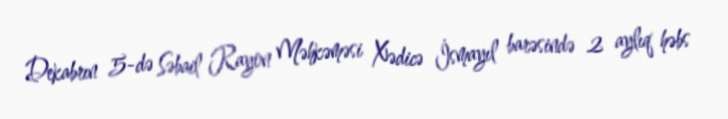
Dekabrın 5-də Səbail Rayon Məhkəməsi Xədicə İsmayıl barəsində 2 aylıq həbs